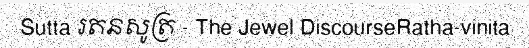
Sutta រតនសូត្រ - The Jewel DiscourseRatha-vinita